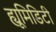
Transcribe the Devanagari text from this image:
ह्यूमिडिटी